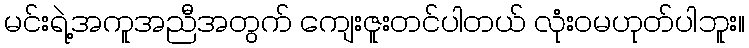
မင်းရဲ့အကူအညီအတွက် ကျေးဇူးတင်ပါတယ် လုံးဝမဟုတ်ပါဘူး။